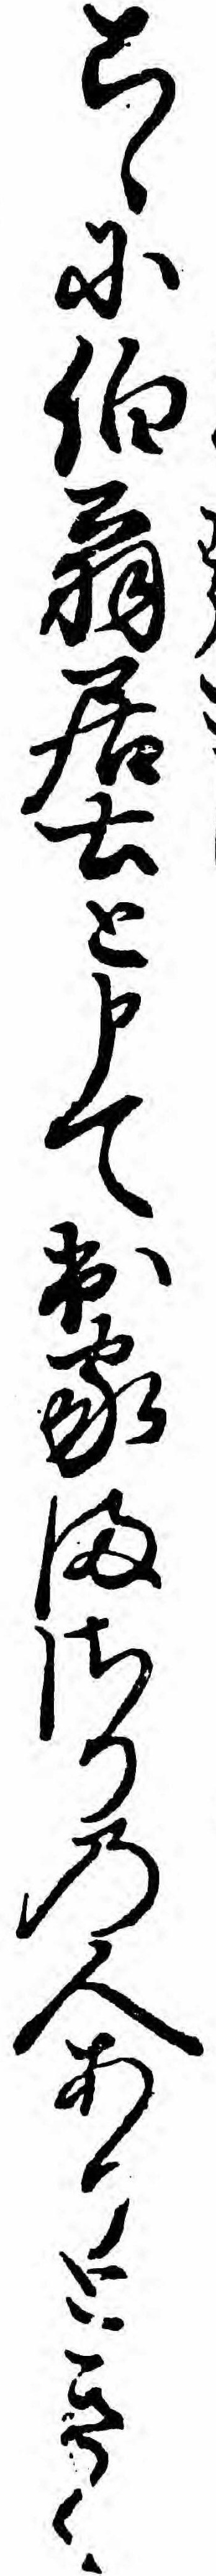
こゝに伯翁居士と申て出家まさりの人ありときく